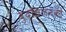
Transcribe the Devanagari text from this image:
बुद्धिजनको